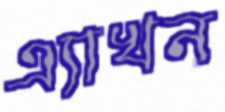
এ্যাখন